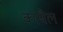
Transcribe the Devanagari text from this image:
काबैल